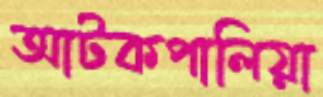
আটকপালিয়া